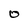
Character: O